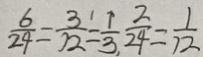
\frac { 6 } { 2 4 } = \frac { 3 } { 1 2 } = \frac { 1 } { 3 } , \frac { 2 } { 2 4 } = \frac { 1 } { 7 2 }